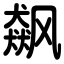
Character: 飙